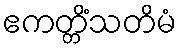
ဧကတ္တိံသတိမံ